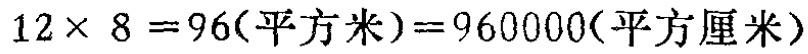
\(12\times 8 = 96(\text{平方米}) = 960000(\text{平方厘米})\)